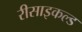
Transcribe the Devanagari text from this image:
रीसाइकल्ड